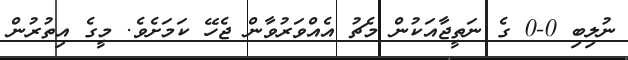
ނުލިބި 0-0 ގެ ނަތީޖާއަކުން މެޗު އެއްވަރުވާން ޖެހޭ ކަމަށެވެ. މީގެ އިތުރުން